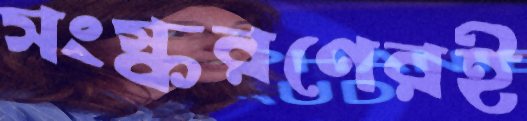
সংস্করণেরই